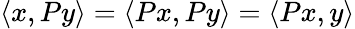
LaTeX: \langle x,Py\rangle=\langle Px,Py\rangle=\langle Px,y\rangle